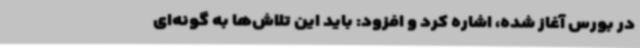
در بورس آغاز شده، اشاره کرد و افزود: باید این تلاش‌ها به گونه‌ای